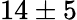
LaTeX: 14\pm 5